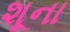
શૂના